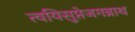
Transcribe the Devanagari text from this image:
त्वयिसुप्तेजगन्नाथ